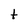
Character: t